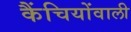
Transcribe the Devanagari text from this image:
कैंचियोंवाली